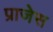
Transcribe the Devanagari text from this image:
प्राजेस